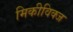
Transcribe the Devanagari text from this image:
मिकीविक्ज